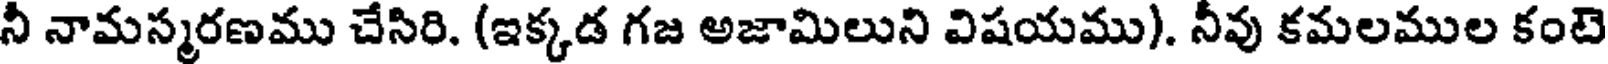
నీ నామస్మరణము చేసిరి. (ఇక్కడ గజ అజామిలుని విషయము). నీవు కమలముల కంటె